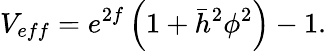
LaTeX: V_{eff}=e^{2f}\left(1+\bar{h}^{2}\phi^{2}\right)-1.